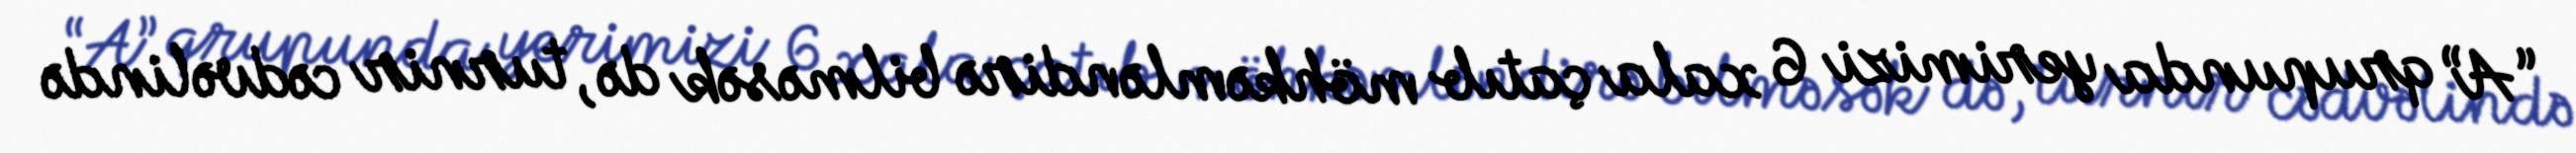
“A” qrupunda yerimizi 6 xala çatıb möhkəmləndirə bilməsək də, turnir cədvəlində